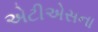
એટીએસના